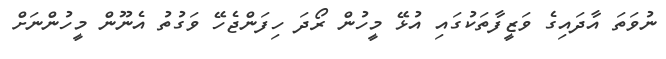
ނުވަތަ އާދައިގެ ވަޒީފާތަކުގައި އުޅޭ މީހުން ރޯދަ ހިފަންޖެހޭ ވަގުތު އެނޫން މީހުންނަށް